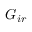
G _ { i r }